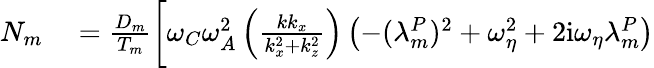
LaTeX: \begin{array}{rl}{N_{m}}&{{}=\frac{D_{m}}{T_{m}}\bigg[\omega_{C}\omega_{A}^{2}\left(\frac{kk_{x}}{k_{x}^{2}+k_{z}^{2}}\right)\left(-(\lambda_{m}^{P})^{2}+\omega_{\eta}^{2}+2\mathrm{i}\omega_{\eta}\lambda_{m}^{P}\right)}\end{array}